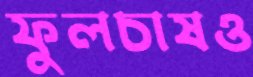
ফুলচাষও